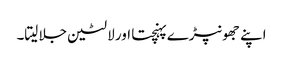
اپنے جھونپڑے پہنچتا اور لالٹین جلا لیتا۔